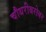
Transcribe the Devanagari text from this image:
चौधरीबरोबर